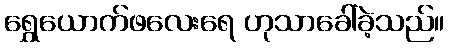
ရွှေယောက်ဖလေးရေ ဟုသာခေါ်ခဲ့သည်။